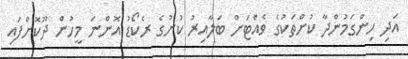
އަދި ހިންގަމުންދާ ކުށްތަކުގެ ވެއްޓަށް ބަލާއިރު ކުށުގެ ރެކޯޑު އޮންނަ މީހުން ދޫކޮށްފައި